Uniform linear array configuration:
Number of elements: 16
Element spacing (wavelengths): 1
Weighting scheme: hann
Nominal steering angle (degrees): -45
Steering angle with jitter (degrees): -43.915
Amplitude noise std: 0.05
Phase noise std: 0.05

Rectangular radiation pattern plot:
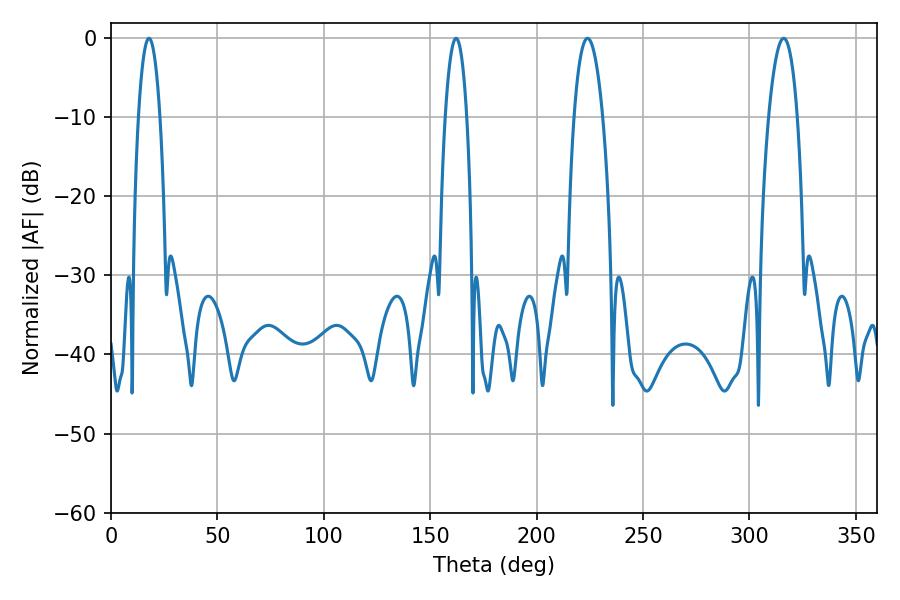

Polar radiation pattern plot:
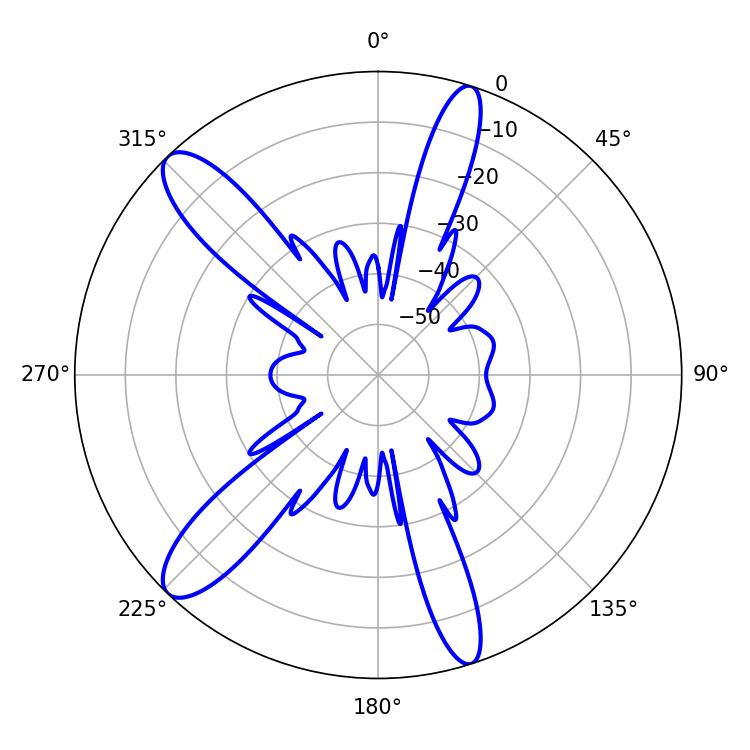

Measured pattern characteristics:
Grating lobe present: TRUE
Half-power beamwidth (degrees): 7.38
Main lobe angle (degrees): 223.92